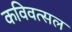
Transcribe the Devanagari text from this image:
कविवत्सल